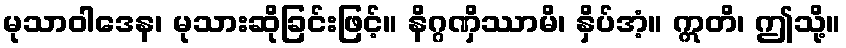
မုသာဝါဒေန၊ မုသားဆိုခြင်းဖြင့်။ နိဂ္ဂဏှိဿာမိ၊ နှိပ်အံ့။ ဣတိ၊ ဤသို့။